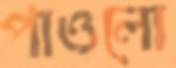
পাওলো